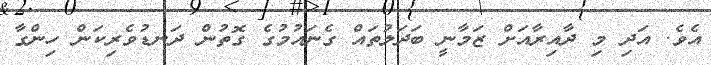
އެވެ. އަދި މި ދާއިރާއަށް ޒަމާނީ ބަދަލުތައް ގެނައުމުގެ ގޮތުން ދަނޑުވެރިކަން ހިންގާ